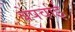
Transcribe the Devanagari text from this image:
बेपर्वाई